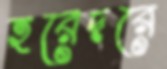
হরেদরে